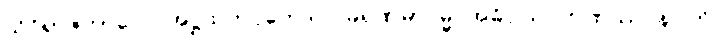
သိဝိရာဇကာလေ အဋ္ဌသတပ္ပဘေဒါပိ မရဏမာဂမ္မ အဓိပ္ပါယဂ္ဂဟဏဿ နဂ္ဂါတိ